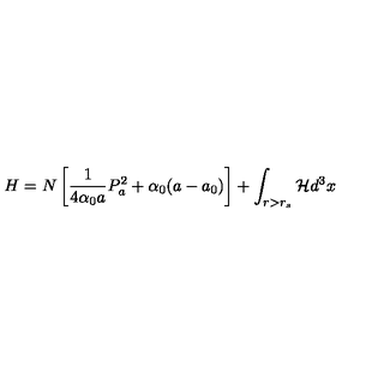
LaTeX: H = N \left[ \frac { 1 } { 4 \alpha _ { 0 } a } P _ { a } ^ { 2 } + \alpha _ { 0 } ( a - a _ { 0 } ) \right] + \int _ { r > r _ { s } } { \cal H } d ^ { 3 } x